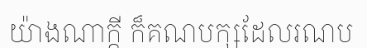
យ៉ាងណាក្តី ក៏គណបក្សដែលរណប